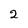
Character: 2